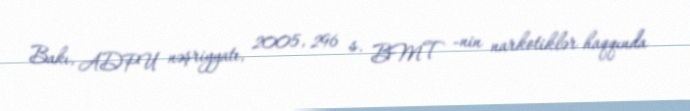
Bakı, ADPU nəşriyyatı, 2005, 296 s. BMT -nin narkotiklər haqqında